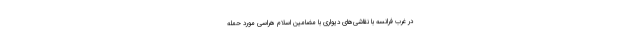
در غرب فرانسه با نقاشی‌های دیواری با مضامین اسلام هراسی مورد حمله